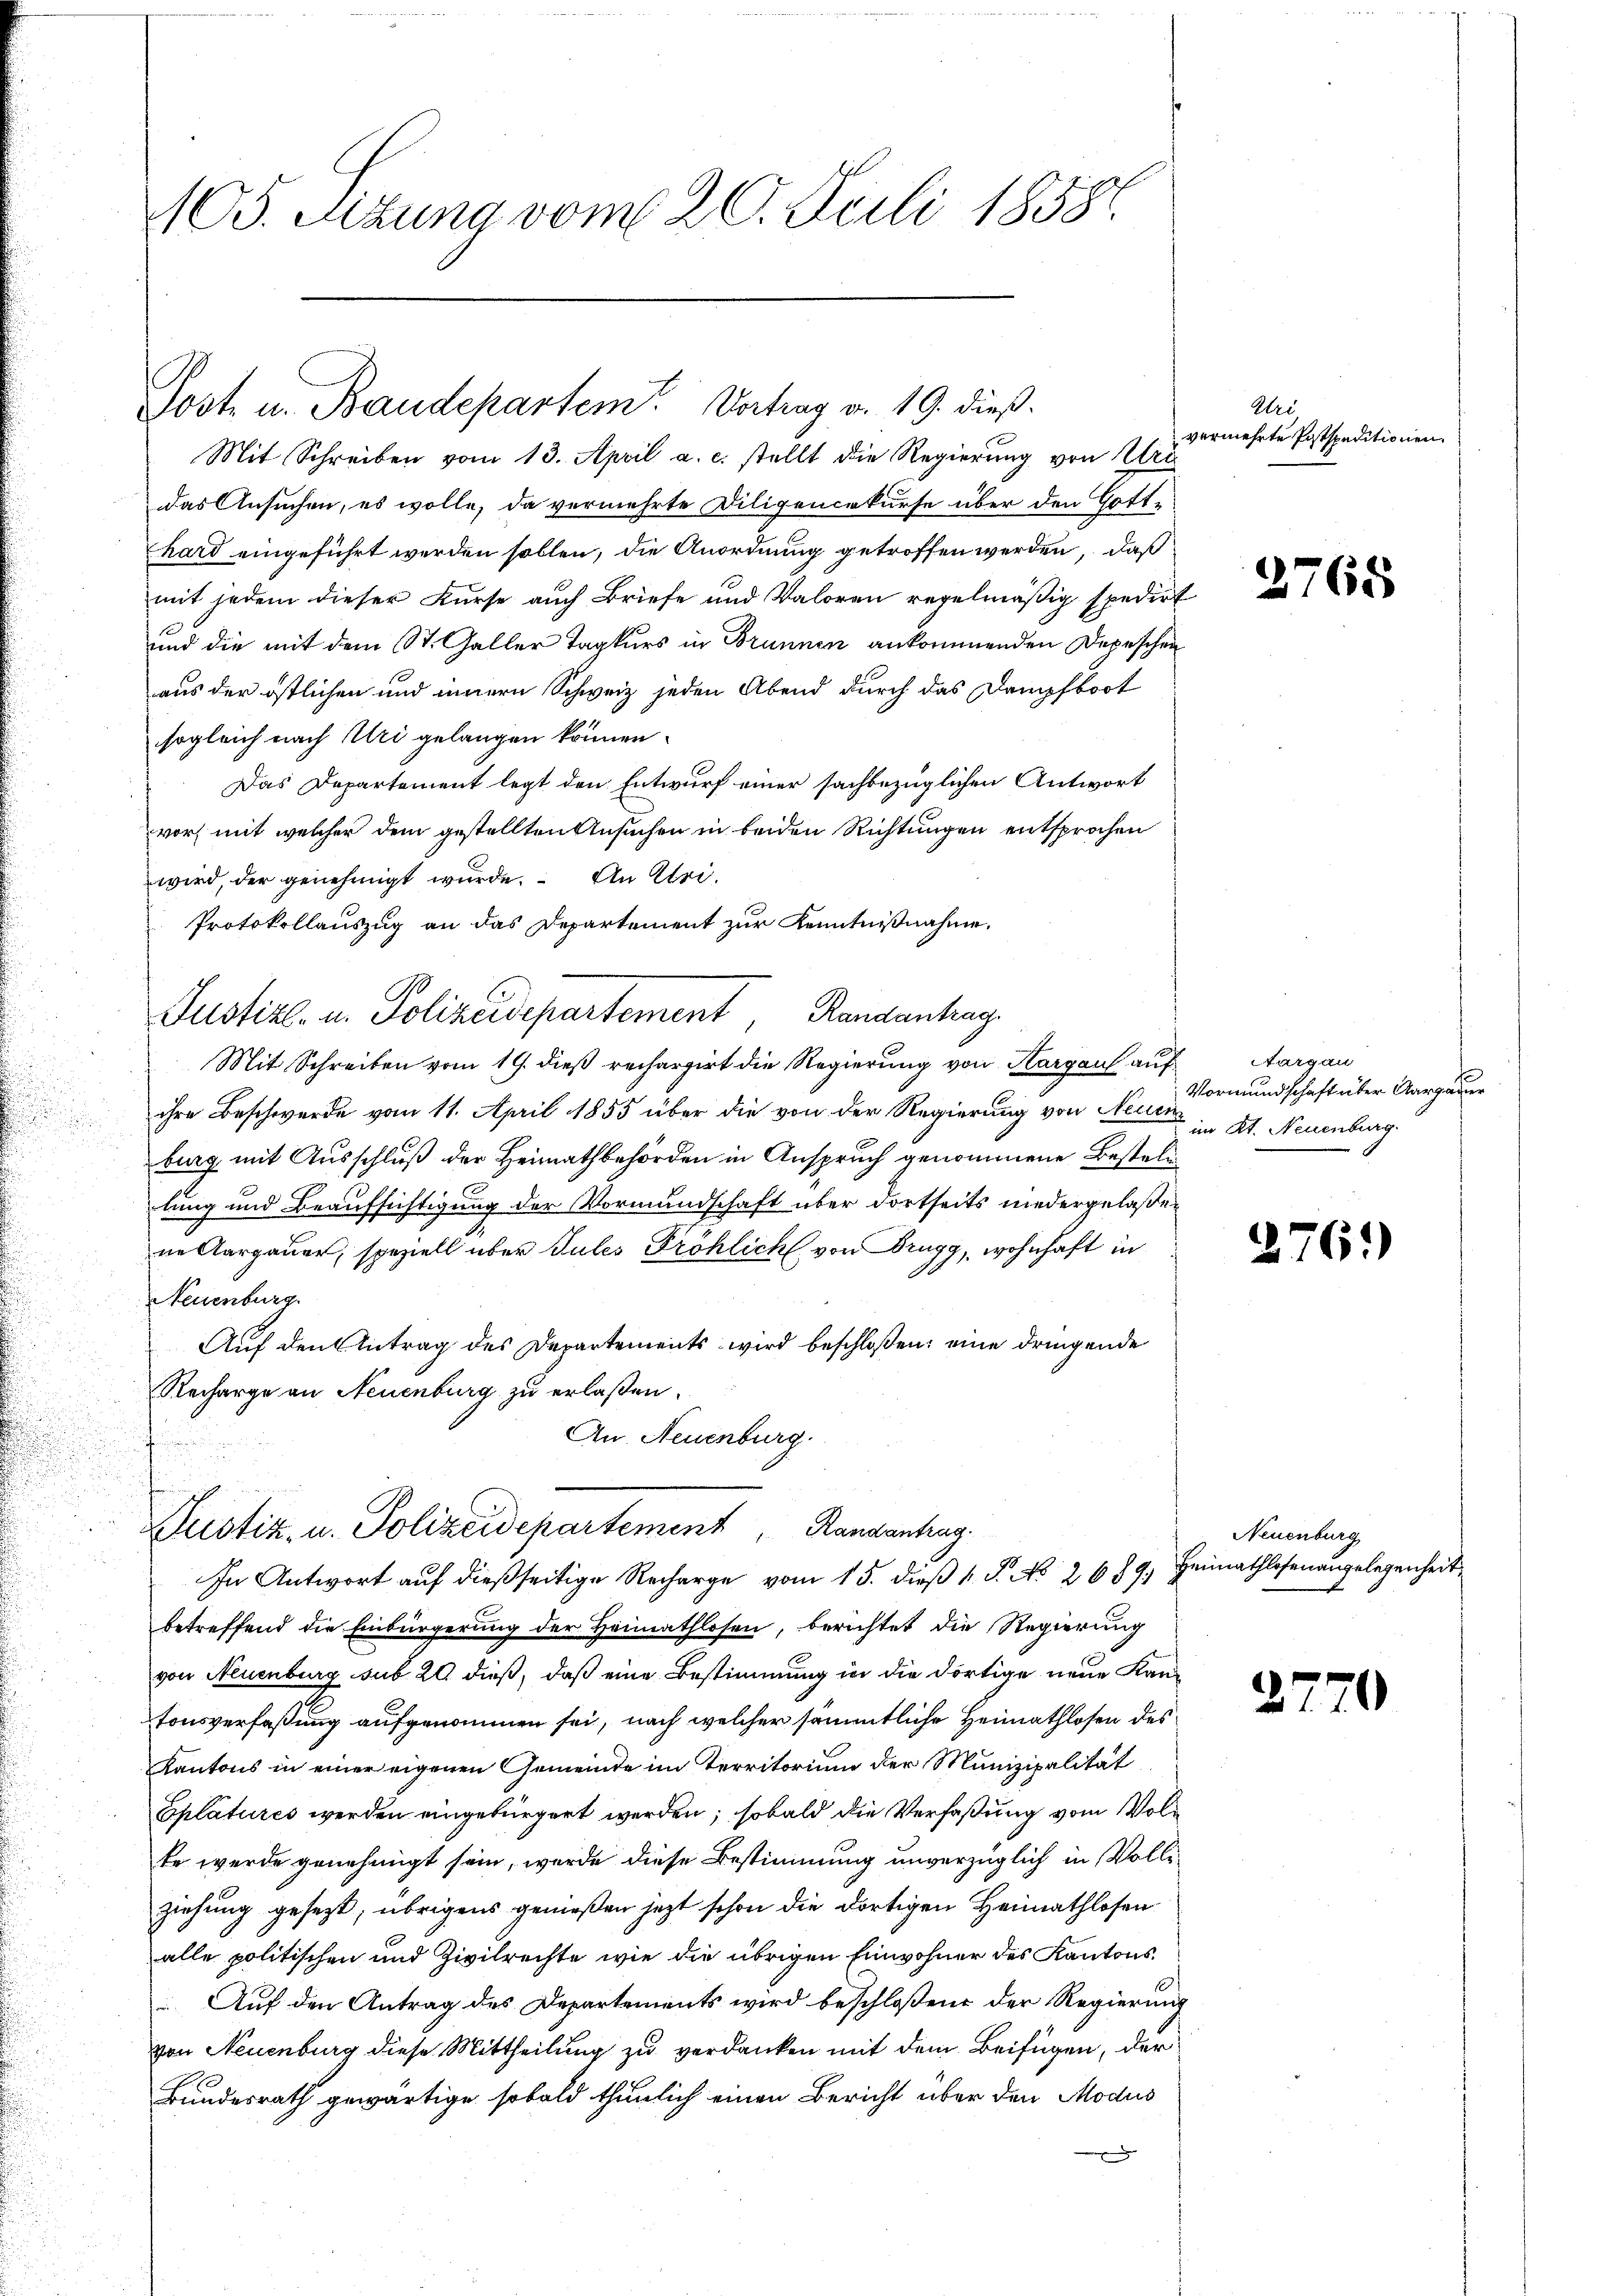
105. Sitzung vom 20. Juli 18587.

Post u. Baudepartem Vortrag v. 19. dieß.

Mit Schreiben vom 13. April a. c. stellt die Regierung von Uri
das Ansuchen, es wolle, da vermehrte Diligenerkurse über den Gotthard eingeführt werden sollen, die Anordnung getroffen werden, daß
mit jedem dieser Kurse auch Briefe und Valoran regelmäßig spedirt
und die mit dem St. Galler Tagkurs in Brunnen ankommenden Depeschen
aus der östlichen und innern Schweiz jeden Abend durch das Dampfboot
sogleich nach Uri gelangen können.
Das Departement legt den Entwurf einer sachbezüglichen Antwort
vor, mit welcher dem gestellten Ansuchen in beiden Richtungen entsprochen
wird, der genehmigt wurde. An Uri¬
Protokollauszug an das Departement zur Kenntnißnahme.
1
Mit Schreiben vom 19. dieß rechargirt die Regierung von Kargau auf
ihre Beschwerde vom 11. April 1855 über die von der Regierung von Neuen in Kt. Neuenburg
burg mit Ausschluß der Heimathbehörden in Anspruch genommene Bestelllung und Beaufsichtigung der Vormundschaft über dortseits niedergelaßen
ne Aargauer, speziell über Jules Fröhlich, von Brugg, wohnhaft in
Neuenburg.
Auf den Antrag des Departements wird beschloßen, eine dringende
Recharge an Neuenburg zu erlaßen.
An Neuenburg.
u
Justiz- u. Polizeidepartement Randantrag.
In Antwort aŭf dießseitige Recharge vom 15. dieβ k. J. No. 2689. Heimathlosenangelegenheit
betreffend die Einbürgerung der Heimathlosen, berichtet die Regierung
von Neuenburg sub 20 dieß, daß eine Bestimmung in die dortige neue Kantonsverfaßung aufgenommen sei, nach welcher sämmtliche Heimathlosen des
Kantons in einer eigenen Gemeinde im Territorium der Munizipalität
Eplatures werden eingebürgert werden, sobald die Verfaßung vom Volse wurde genehmigt sein, werde diese Bestimmung unverzüglich in Vollziehung gesezt, übrigens genießen jetzt schon die dortigen Heimathlosen
alle politischen und Zivilrechte wie die übrigen Einwohner des Kantons¬
 Auf den Antrag des Departements wird beschloßene der Regierung
von Neuenburg diese Mittheilung zu verdanken mit dem Beifügen, der
Bundesrath gewärtige sobald thunlich einen Bericht über den Modus

Justiz- u. Polizeidepartement Randanhage

Wei
vermehrte Postspeditionen.

2768

Aargau
Vormundschaft über Aargauer

2761)

Neuenburg

27

¬